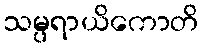
သမ္ပရာယိကောတိ